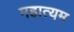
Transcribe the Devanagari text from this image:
महात्यम